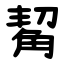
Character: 觢